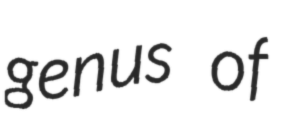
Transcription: genus of